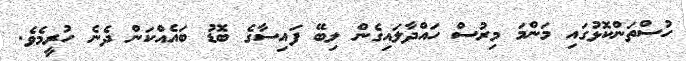
ހުސްތަންކޮޅުގައި މަންމަ މިރުސް ހައްދާލައިގެން ލިބޭ ފައިސާގެ ބޮޑު ބައެއްކަން ދެނެ ހުރީމެވެ.